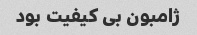
ژامبون بی کیفیت بود